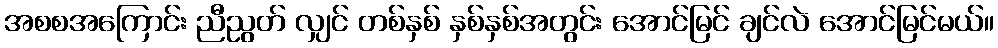
အစစအကြောင်း ညီညွတ် လျှင် တစ်နှစ် နှစ်နှစ်အတွင်း အောင်မြင် ချင်လဲ အောင်မြင်မယ်။